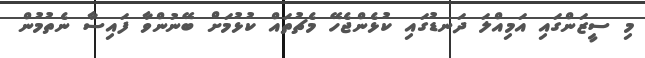
މި ސީޒަންގައި އަމިއްލަ ދަނޑުގައި ކުޅެންޖެހޭ މެޗުތައް ކުޅުމަށް ބޭނުންވާ ފައިސާ ނެތުމުން